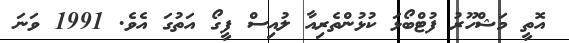
އޮތީ މަޝްހޫރު ފުޓްބޯޅަ ކުޅުންތެރިއާ ލުއިސް ފީގޯ އަތުގަ އެވެ. 1991 ވަނަ